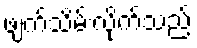
ဖျက်သိမ်းလိုက်သည်